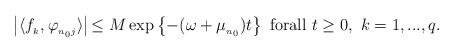
LaTeX: \begin{align*}\left\vert \langle f_{_{k}},\varphi _{_{n_{0}j}}\rangle \right\vert {\small \leq M}\exp \left\{ -(\omega +\mu _{_{n_{0}}})t\right\} \text{\ forall }t\geq 0,\ k=1,...,q.\end{align*}